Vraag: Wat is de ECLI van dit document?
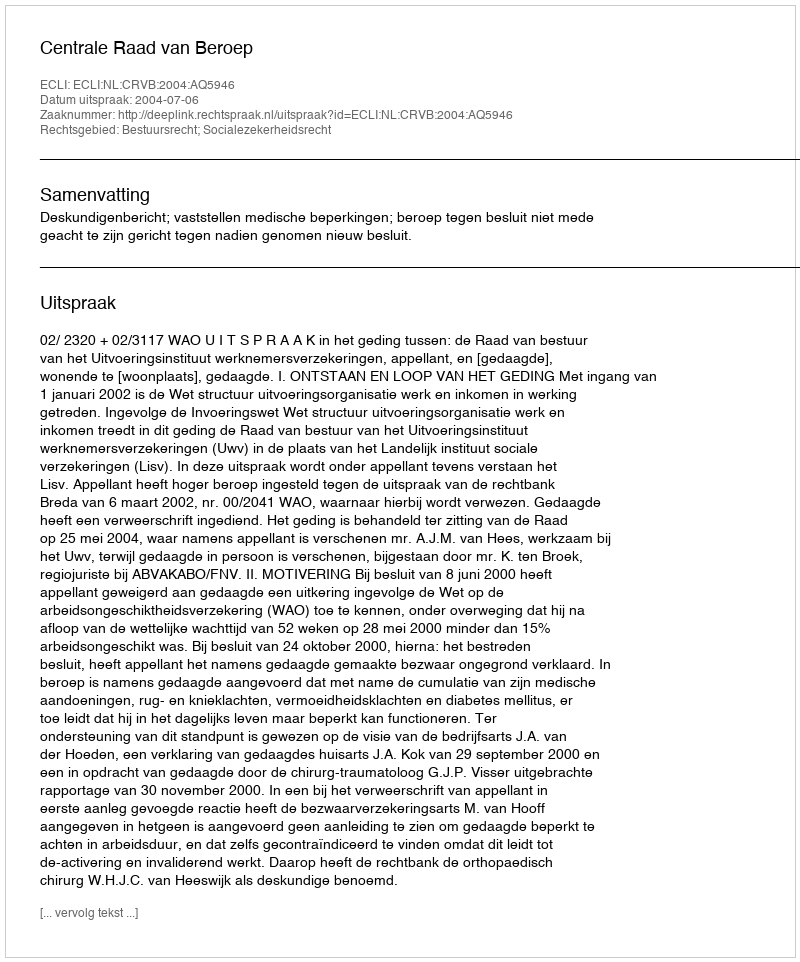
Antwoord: ECLI:NL:CRVB:2004:AQ5946